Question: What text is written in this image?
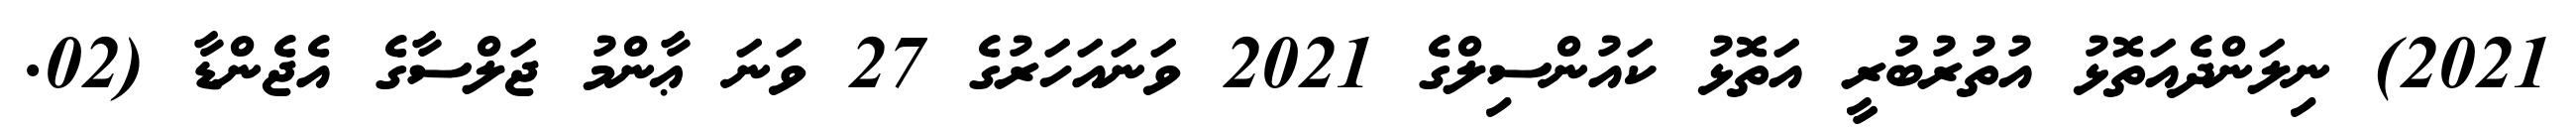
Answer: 2021) ނިލަންދެއަތޮޅު އުތުރުބުރީ އަތޮޅު ކައުންސިލްގެ 2021 ވަނައަހަރުގެ 27 ވަނަ ޢާންމު ޖަލްސާގެ އެޖެންޑާ (02.